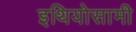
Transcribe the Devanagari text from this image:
इथियोसामी